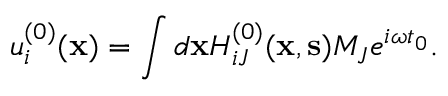
u _ { i } ^ { ( 0 ) } ( { \bf x } ) = \int d { \bf x } H _ { i J } ^ { ( 0 ) } ( { \bf x } , { \bf s } ) M _ { J } e ^ { i \omega t _ { 0 } } .